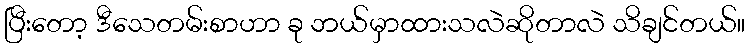
ပြီးတော့ ဒီသေတမ်းစာဟာ ခု ဘယ်မှာထားသလဲဆိုတာလဲ သိချင်တယ်။